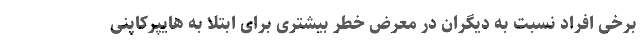
برخی افراد نسبت به دیگران در معرض خطر بیشتری برای ابتلا به هایپرکاپنی